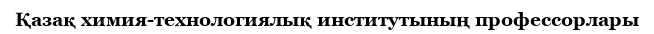
Қазақ химия-технологиялық институтының профессорлары